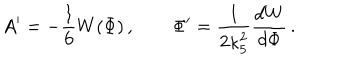
LaTeX: A ^ { \prime } = - { \frac { 1 } { 6 } } W ( \Phi ) \, , \qquad \Phi ^ { \prime } = { \frac { 1 } { 2 \kappa _ { 5 } ^ { 2 } } } { \frac { d W } { d \Phi } } \, .